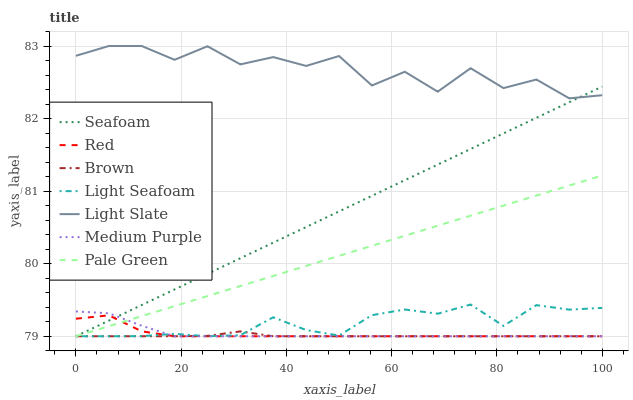
| xaxis_label | Seafoam | Red | Brown | Light Seafoam | Light Slate | Medium Purple | Pale Green |
 | --- | --- | --- | --- | --- | --- | --- | --- |
 | 0 | 79 | 79.2 | 79 | 79 | 82.9 | 79.3 | 79 |
 | 6.25 | 79.2 | 79.3 | 79 | 79 | 83 | 79.3 | 79.1 |
 | 12.5 | 79.4 | 79.1 | 79 | 79 | 83 | 79.1 | 79.3 |
 | 18.8 | 79.6 | 79 | 79 | 79 | 82.8 | 79 | 79.4 |
 | 25 | 79.9 | 79 | 79 | 79 | 83 | 79 | 79.6 |
 | 31.2 | 80.1 | 79 | 79.1 | 79 | 82.7 | 79 | 79.7 |
 | 37.5 | 80.3 | 79 | 79 | 79.3 | 82.8 | 79 | 79.8 |
 | 43.8 | 80.5 | 79 | 79 | 79.1 | 82.7 | 79 | 80 |
 | 50 | 80.7 | 79 | 79 | 79 | 82.9 | 79 | 80.1 |
 | 56.2 | 80.9 | 79 | 79 | 79.3 | 82.5 | 79 | 80.2 |
 | 62.5 | 81.2 | 79 | 79 | 79.4 | 82.6 | 79 | 80.4 |
 | 68.8 | 81.4 | 79 | 79 | 79.3 | 82.4 | 79 | 80.5 |
 | 75 | 81.6 | 79 | 79 | 79.4 | 82.7 | 79 | 80.7 |
 | 81.2 | 81.8 | 79 | 79 | 79.1 | 82.4 | 79 | 80.8 |
 | 87.5 | 82 | 79 | 79 | 79.4 | 82.5 | 79 | 80.9 |
 | 93.8 | 82.2 | 79 | 79 | 79.4 | 82.3 | 79 | 81.1 |
 | 100 | 82.4 | 79 | 79 | 79.4 | 82.3 | 79 | 81.2 |